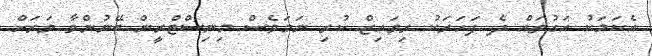
އެކަމަކު އަގުތައް ދެ ފަހަރަކު ރިވައިޒް ކުރި ނަމަވެސް މިނިސްޓްރީން ބޭނުންވާ ވަރަށް